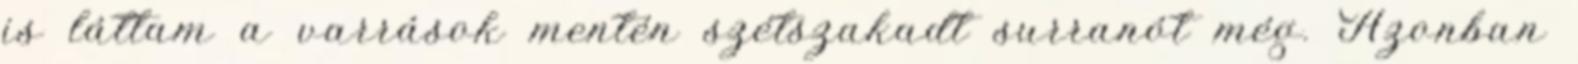
is láttam a varrások mentén szétszakadt surranót még. Azonban